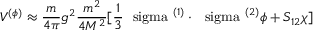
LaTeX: V ^ { ( \phi ) } \approx \frac { m } { 4 \pi } g ^ { 2 } \frac { m ^ { 2 } } { 4 M ^ { 2 } } [ \frac { 1 } { 3 } \mathrm { \boldmath ~ \ s i g m a ~ } ^ { ( 1 ) } \cdot \mathrm { \boldmath ~ \ s i g m a ~ } ^ { ( 2 ) } \phi + S _ { 1 2 } \chi ]